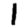
Digit: 1